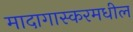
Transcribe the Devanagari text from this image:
मादागास्करमधील